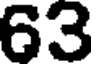
63